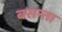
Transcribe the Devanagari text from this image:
बसन्ता